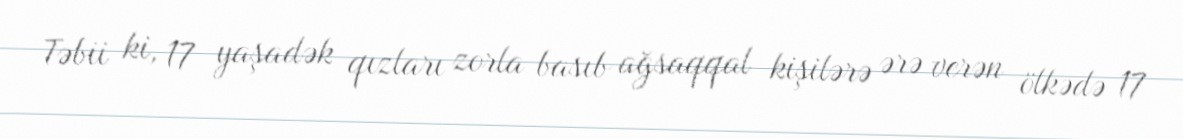
Təbii ki, 17 yaşadək qızları zorla basıb ağsaqqal kişilərə ərə verən ölkədə 17